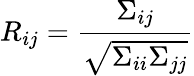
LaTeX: R_{ij}=\frac{\Sigma_{ij}}{\sqrt{\Sigma_{ii}\Sigma_{jj}}}